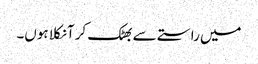
میں راستے سے بھٹک کر آ نکلا ہوں۔